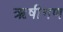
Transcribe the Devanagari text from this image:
ऋषीगण